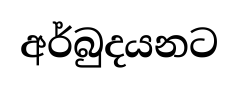
අර්බුදයනට